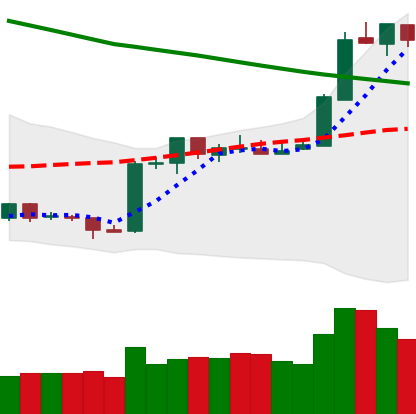
Ticker: ETH-USD
Chart end date: 2019-02-21
Forward return: -5.503%
Label: down_5_7